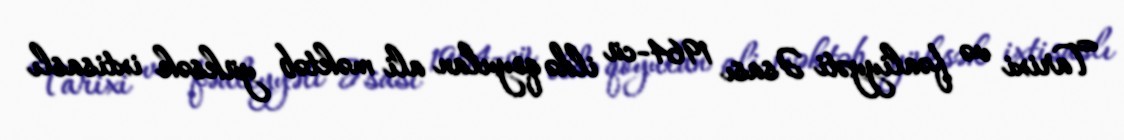
Tarixi və fəaliyyəti Əsası 1964-cü ildə qoyulan ali məktəb yüksək ixtisaslı